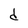
Character: d